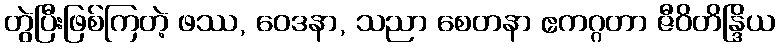
တွဲပြီးဖြစ်ကြတဲ့ ဖဿ, ဝေဒနာ, သညာ စေတနာ ဧကဂ္ဂတာ ဇီဝိတိန္ဒြိယ